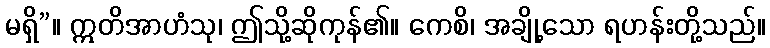
မရှိ”။ ဣတိအာဟံသု၊ ဤသို့ဆိုကုန်၏။ ကေစိ၊ အချို့သော ရဟန်းတို့သည်။